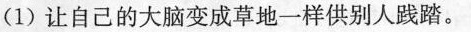
(1)让自己的大脑变成草地一样供别人践踏。